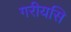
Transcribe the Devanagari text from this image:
गरीयसि